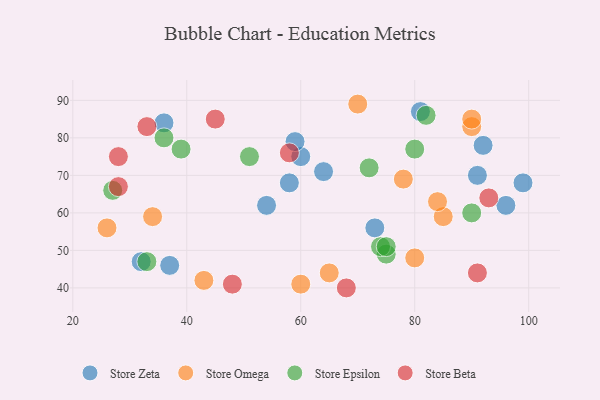
{"axis": {"x": "GDP", "y": "Life Expectancy"}, "legend": ["Store Beta", "Store Epsilon", "Store Omega", "Store Zeta"], "data": [{"x": "73", "y": 56, "type": "Store Zeta"}, {"x": "37", "y": 46, "type": "Store Zeta"}, {"x": "64", "y": 71, "type": "Store Zeta"}, {"x": "91", "y": 70, "type": "Store Zeta"}, {"x": "32", "y": 47, "type": "Store Zeta"}, {"x": "99", "y": 68, "type": "Store Zeta"}, {"x": "58", "y": 68, "type": "Store Zeta"}, {"x": "96", "y": 62, "type": "Store Zeta"}, {"x": "60", "y": 75, "type": "Store Zeta"}, {"x": "92", "y": 78, "type": "Store Zeta"}, {"x": "59", "y": 79, "type": "Store Zeta"}, {"x": "81", "y": 87, "type": "Store Zeta"}, {"x": "36", "y": 84, "type": "Store Zeta"}, {"x": "54", "y": 62, "type": "Store Zeta"}, {"x": "70", "y": 89, "type": "Store Omega"}, {"x": "85", "y": 59, "type": "Store Omega"}, {"x": "60", "y": 41, "type": "Store Omega"}, {"x": "78", "y": 69, "type": "Store Omega"}, {"x": "84", "y": 63, "type": "Store Omega"}, {"x": "34", "y": 59, "type": "Store Omega"}, {"x": "26", "y": 56, "type": "Store Omega"}, {"x": "90", "y": 83, "type": "Store Omega"}, {"x": "43", "y": 42, "type": "Store Omega"}, {"x": "90", "y": 85, "type": "Store Omega"}, {"x": "65", "y": 44, "type": "Store Omega"}, {"x": "80", "y": 48, "type": "Store Omega"}, {"x": "75", "y": 49, "type": "Store Epsilon"}, {"x": "72", "y": 72, "type": "Store Epsilon"}, {"x": "33", "y": 47, "type": "Store Epsilon"}, {"x": "74", "y": 51, "type": "Store Epsilon"}, {"x": "82", "y": 86, "type": "Store Epsilon"}, {"x": "39", "y": 77, "type": "Store Epsilon"}, {"x": "51", "y": 75, "type": "Store Epsilon"}, {"x": "75", "y": 51, "type": "Store Epsilon"}, {"x": "27", "y": 66, "type": "Store Epsilon"}, {"x": "90", "y": 60, "type": "Store Epsilon"}, {"x": "80", "y": 77, "type": "Store Epsilon"}, {"x": "36", "y": 80, "type": "Store Epsilon"}, {"x": "45", "y": 85, "type": "Store Beta"}, {"x": "48", "y": 41, "type": "Store Beta"}, {"x": "93", "y": 64, "type": "Store Beta"}, {"x": "91", "y": 44, "type": "Store Beta"}, {"x": "68", "y": 40, "type": "Store Beta"}, {"x": "33", "y": 83, "type": "Store Beta"}, {"x": "28", "y": 75, "type": "Store Beta"}, {"x": "58", "y": 76, "type": "Store Beta"}, {"x": "28", "y": 67, "type": "Store Beta"}]}